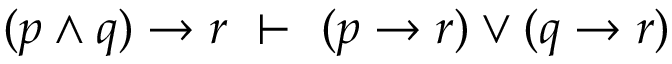
( p \land q ) \to r \ \vdash \ ( p \to r ) \lor ( q \to r )